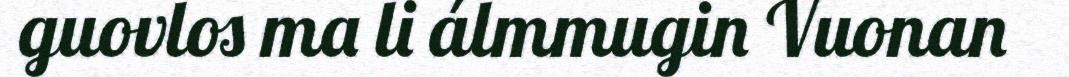
guovlos ma li álmmugin Vuonan